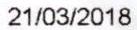
21/03/2018